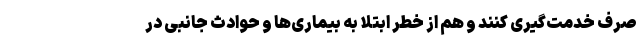
صرف خدمت‌گیری کنند و هم از خطر ابتلا به بیماری‌ها و حوادث جانبی در